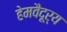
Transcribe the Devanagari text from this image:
हेमवैदूर्य